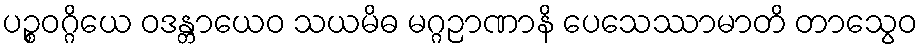
ပဉ္စဝဂ္ဂိယေ ဝဒန္တာယေဝ သယမိဓ မဂ္ဂဉာဏာနိ ပေသေဿာမာတိ တာသွေဝ